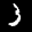
Label: 3